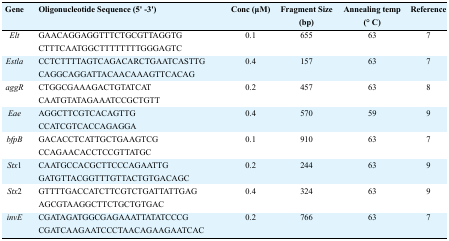
<table><thead><tr><td><b>Gene</b></td><td><b>Oligonucleotide Sequence (5′–3′)</b></td><td><b>Conc (μM)</b></td><td><b>Fragment Size (bp)</b></td><td><b>Annealing temp (° C)</b></td><td><b>Reference</b></td></tr></thead><tbody><tr><td><i>Elt</i></td><td>GAACAGGAGGTTTCTGCGTTAGGTGCTTTCAATGGCTTTTTTTTGGGAGTC</td><td>0.1</td><td>655</td><td>63</td><td>7</td></tr><tr><td><i>Estla</i></td><td>CCTCTTTTAGTCAGACARCTGAATCASTTGCAGGCAGGATTACAACAAAGTTCACAG</td><td>0.4</td><td>157</td><td>63</td><td>7</td></tr><tr><td><i>aggR</i></td><td>CTGGCGAAAGACTGTATCATCAATGTATAGAAATCCGCTGTT</td><td>0.2</td><td>457</td><td>63</td><td>8</td></tr><tr><td><i>Eae</i></td><td>AGGCTTCGTCACAGTTGCCATCGTCACCAGAGGA</td><td>0.4</td><td>570</td><td>59</td><td>9</td></tr><tr><td><i>bfpB</i></td><td>GACACCTCATTGCTGAAGTCGCCAGAACACCTCCGTTATGC</td><td>0.1</td><td>910</td><td>63</td><td>7</td></tr><tr><td><i>Stx</i>1</td><td>CAATGCCACGCTTCCCAGAATTGGATGTTACGGTTTGTTACTGTGACAGC</td><td>0.2</td><td>244</td><td>63</td><td>9</td></tr><tr><td><i>Stx</i>2</td><td>GTTTTGACCATCTTCGTCTGATTATTGAGAGCGTAAGGCTTCTGCTGTGAC</td><td>0.4</td><td>324</td><td>63</td><td>9</td></tr><tr><td><i>invE</i></td><td>CGATAGATGGCGAGAAATTATATCCCGCGATCAAGAATCCCTAACAGAAGAATCAC</td><td>0.2</td><td>766</td><td>63</td><td>7</td></tr></tbody></table>